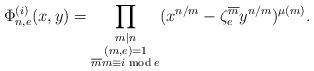
LaTeX: \begin{align*} \Phi_{n,e}^{(i)}(x,y)=\prod_{\substack{m|n \\ (m,e)=1\\ \overline mm\equiv i \bmod e}}(x^{n/m}-\zeta^{\overline m}_{e}y^{n/m})^{\mu(m)}.\end{align*}